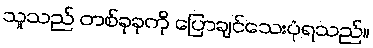
သူသည် တစ်ခုခုကို ပြောချင်သေးပုံရသည်။